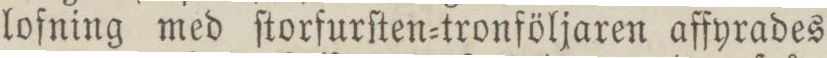
lofning med ſtorfurſten=tronföljaren affyrades